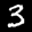
Label: 3